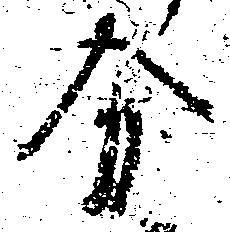
分